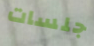
جلسات